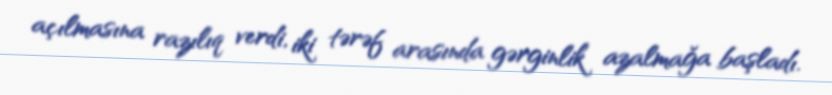
açılmasına razılıq verdi, iki tərəf arasında gərginlik azalmağa başladı.